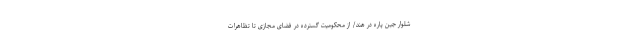
شلوار جین پاره در هند/ از محکومیت گسترده در فضای مجازی تا تظاهرات